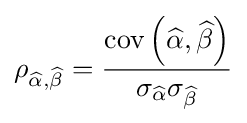
\rho _{{\widehat {\alpha }},{\widehat {\beta }}}={\operatorname {cov} \left({\widehat {\alpha }},{\widehat {\beta }}\right) \over \sigma _{\widehat {\alpha }}\sigma _{\widehat {\beta }}}